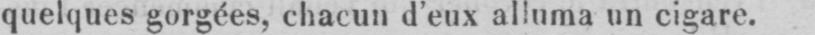
quelques gorgées, chacun d’eux alluma un cigare.